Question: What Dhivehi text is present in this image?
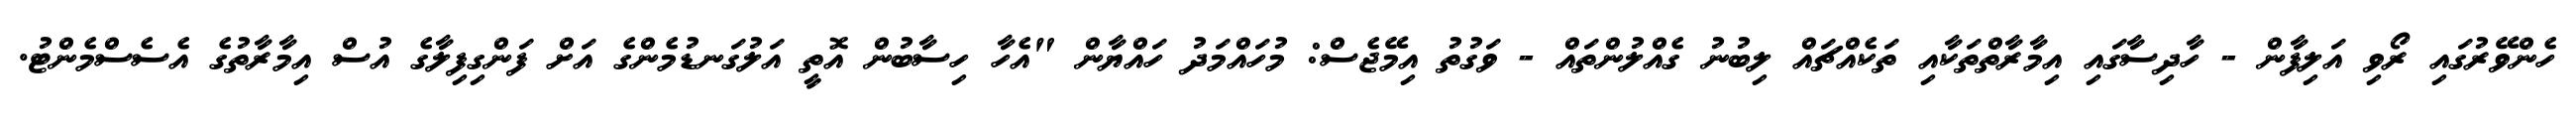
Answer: ހެންވޭރުގައި ރޯވި އަލިފާން - ހާދިސާގައި އިމާރާތްތަކާއި ތަކެއްޗައް ލިބުނު ގެއްލުންތައް - ވަގުތު އިމޭޖެސް: މުހައްމަދު ހައްޔާން "އެހާ ހިސާބުން އޮތީ އަލުގަނޑުމެންގެ އަށް ފަންގިފިލާގެ އުސް އިމާރާތުގެ އެސެސްމެންޓު.